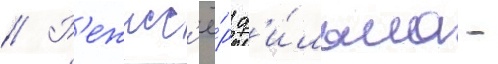
// Р'ежисс'ё́р ф'и́льма -